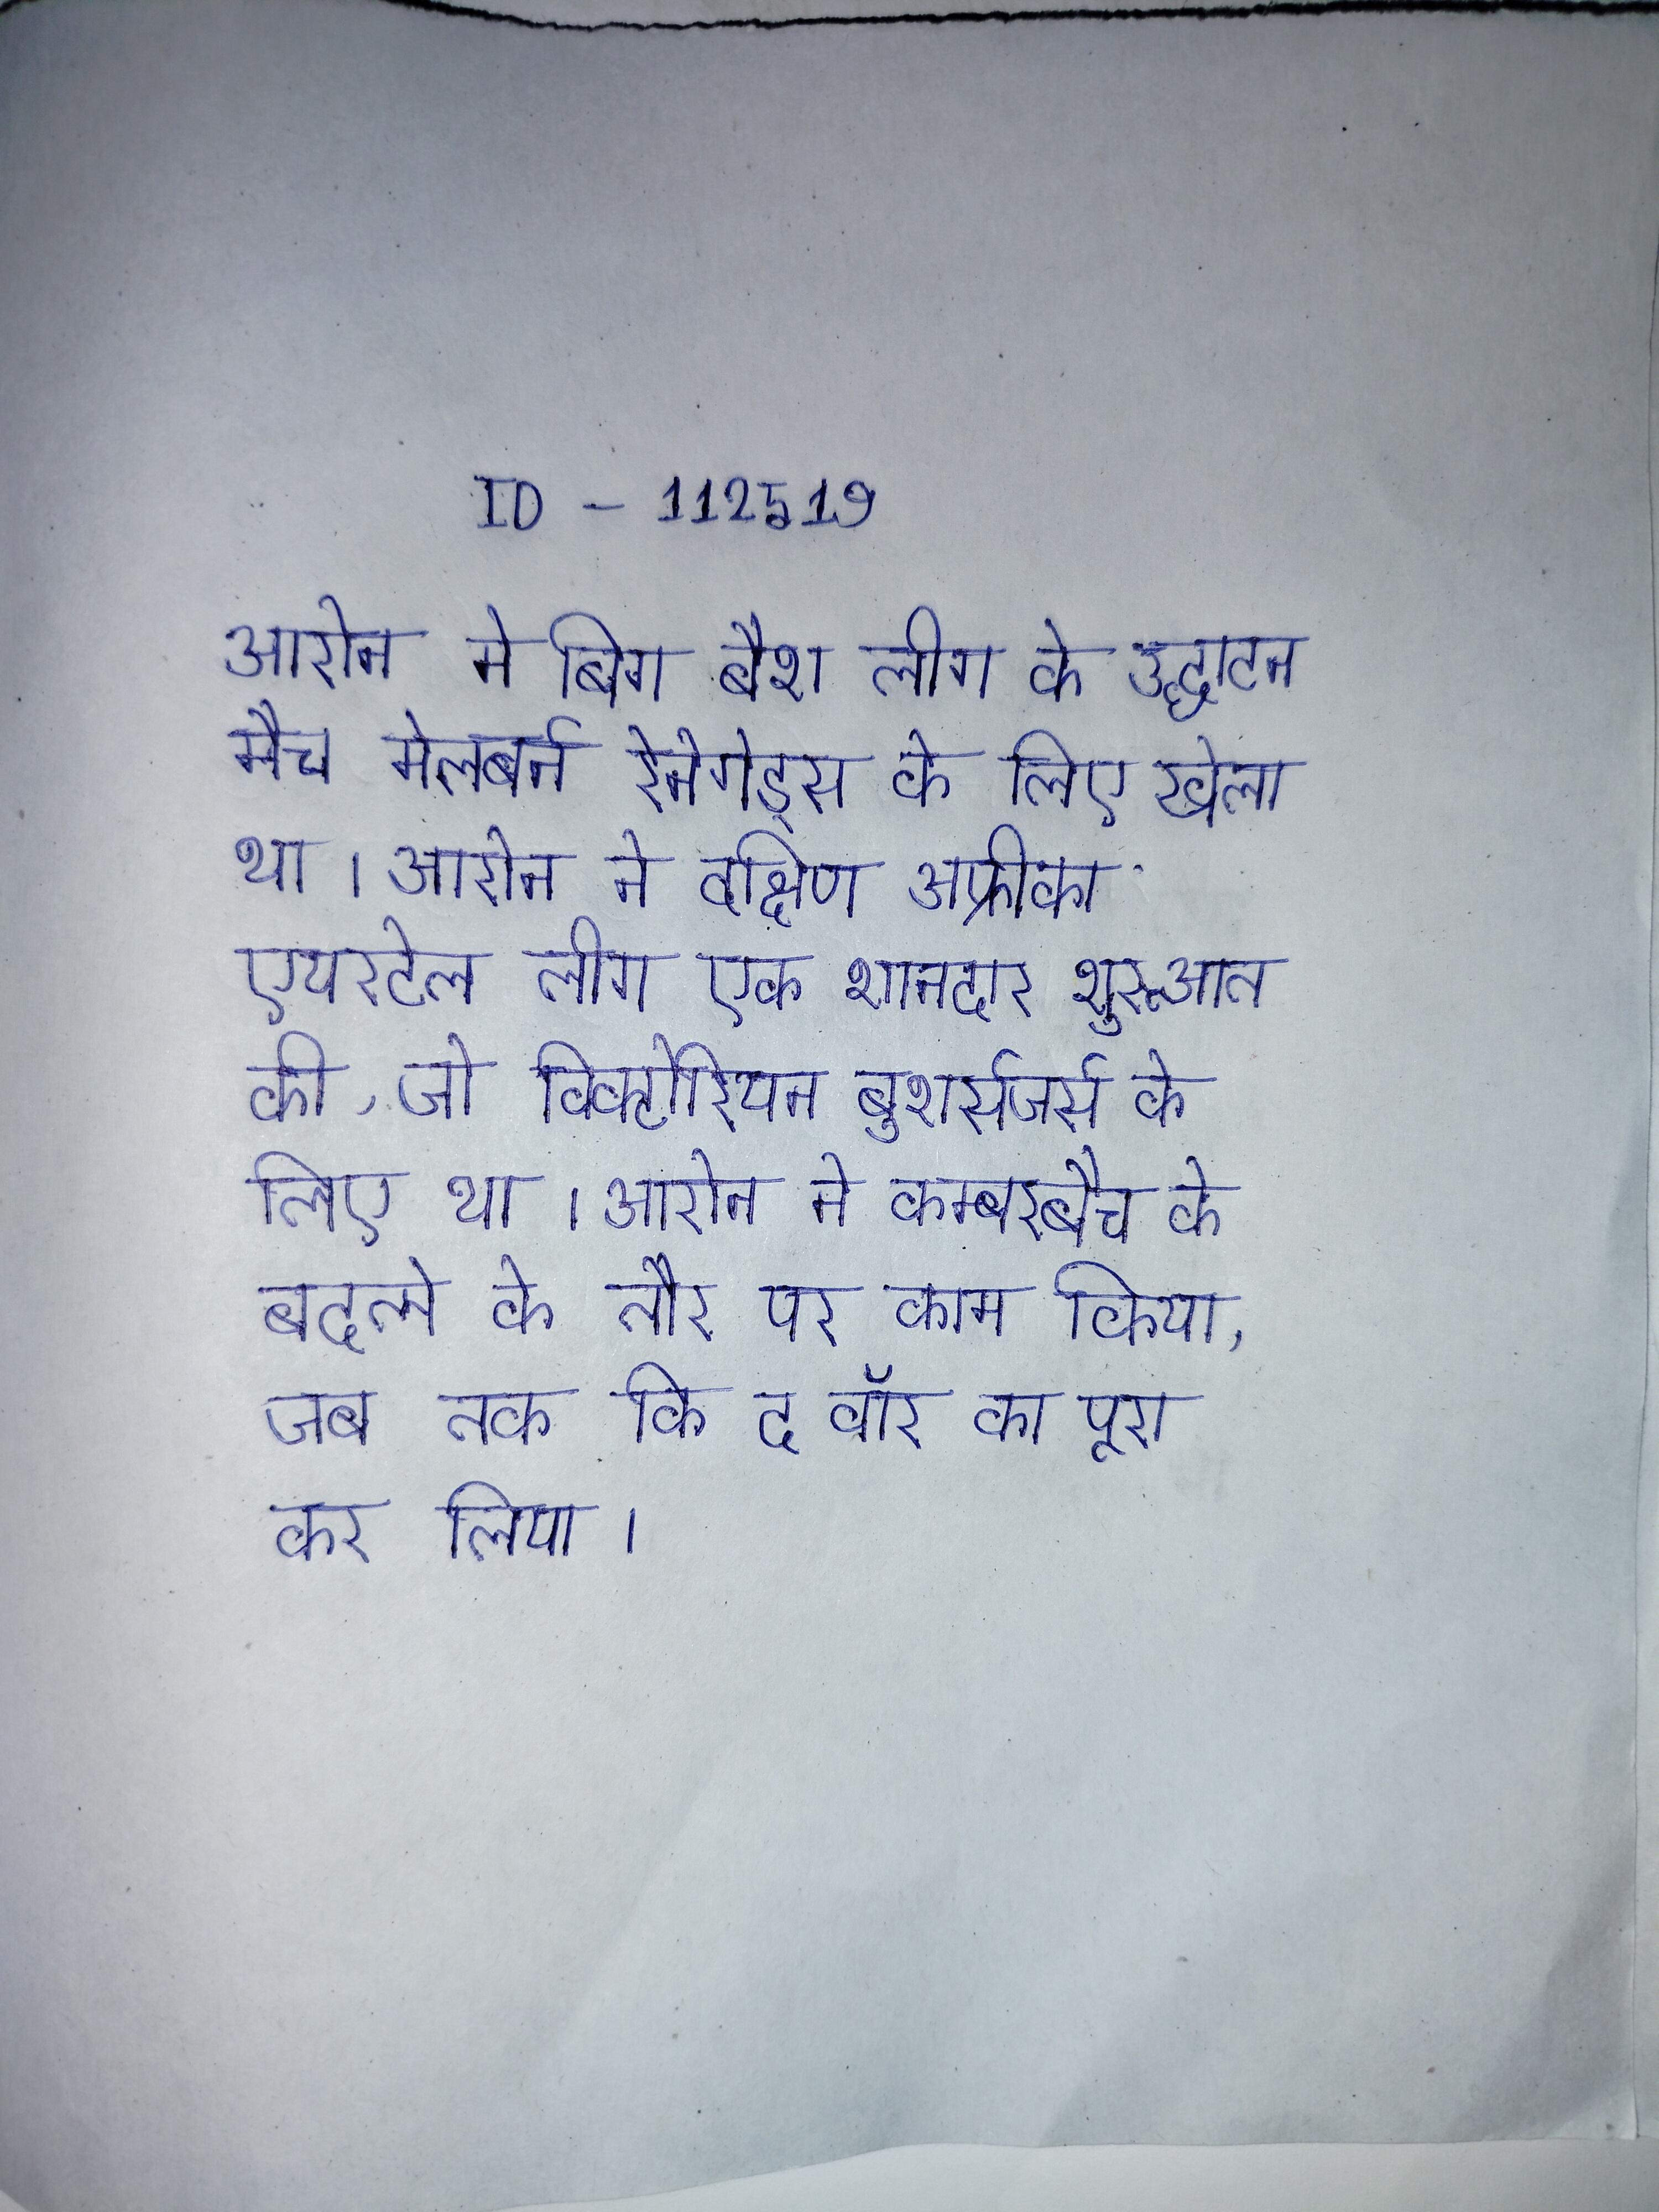
आरोन ने बिग बैश लीग के उद्घाटन मैच मेलबर्न रेनेगेड्स के लिए खेला था । आरोन ने दक्षिण अफ्रीका एयरटेल लीग एक शानदार शुरुआत की, जो विक्टोरियन बुशर्सजर्स के लिए था । आरोन ने कम्बरबैच के बदले के तौर पर काम किया, जब तक कि द वॉर का पूरा कर लिया ।